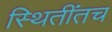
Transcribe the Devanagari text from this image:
स्थितींतच